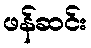
ဖန်ဆင်း